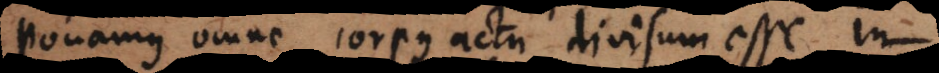
onamus omne corpus actu divisum esse in